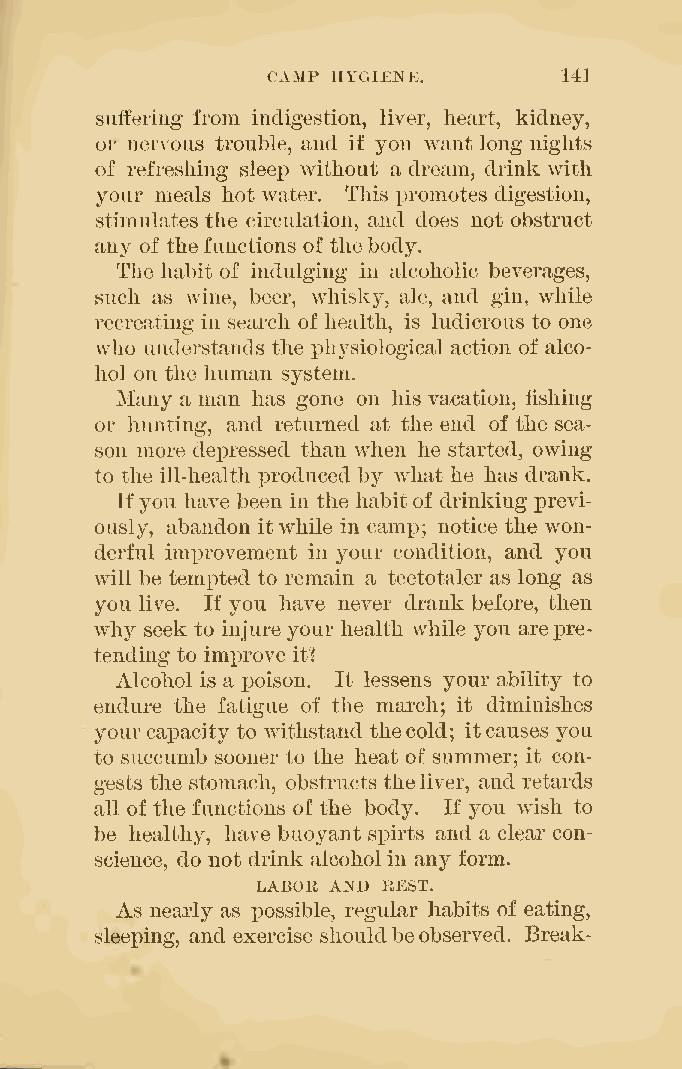
CAMP HYGIENE.      141
 suffering from indigestion, liver, heart, kidney,
 or nervous trouble, and if you want long nights
 of refreshing sleep without a dream, drink with
 your meals hot water. This promotes digestion,
 stimulates the circulation, and does not obstruct
 any of thefunctions of thebody.
 The habit of indulging in alcoholic beverages,
 such as wine, beer, whisky, ale, and gin, while
 recreating in search of health, is ludicrous to one
 who understands the physiological action of alco-
 hol on the human system.
 Many a man has gone on his vacation, fishing
 or hunting, and returned at the end of the sea-
 son more depressed than when he started, owing
 to the ill-health produced by what he has drank.
 Ifyou have been in the habitof drinking previ-
 ously, abandon itwhile in camp; notice the won-
 derful imi^rovement in your condition, and you
 will be tempted to remain a teetotaler as long as
 you live. If you have never drank before, then
 why seek to injure your health while you arepre-
 tending to improve it?
 Alcohol is a poison. It lessens your ability to
 endure the fatigue of the march; it diminishes
 your capacity to withstand thecold; itcauses you
 to succumb sooner to the heat of summer; it con-
 gests the stomach, obstructs theliver, and retards
 all of the functions of the body. If you wish to
 be healthy, have buoyant spirts and a clear con-
 science, do not drink alcoholin any form.
 LABOR AND EEST.
 As nearly as possible, regular habits of eating,
 sleeping, and exercise shouldbeobserved. Break-